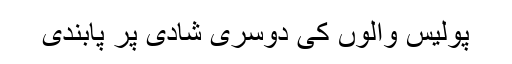
پولیس والوں کی دوسری شادی پر پابندی